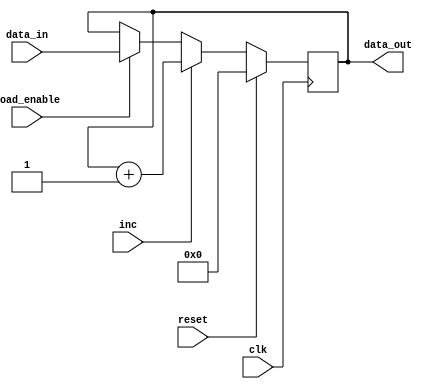
module reg_pc(
	input clk,
	input inc,
	input load_enable,
	input reset,

    input [15:0] data_in,
	output reg [15:0] data_out	
);
			
always @(posedge clk)
    begin
        if (load_enable)
            data_out <= data_in;
        if (inc)
            data_out <= data_out + 16'd1;
        if (reset)
            data_out <= 16'b0;
    end

initial begin
    data_out = 0;
end

endmodule